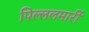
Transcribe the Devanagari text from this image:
पिल्‍ललमार्री